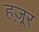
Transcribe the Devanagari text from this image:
हज़ूर